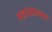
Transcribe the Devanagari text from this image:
महासंग्रामचा